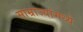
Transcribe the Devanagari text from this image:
साम्राज्यांमध्ये